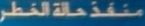
منطقة حالة الخطر